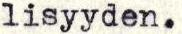
lisyyden.